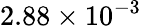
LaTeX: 2.88\times 10^{-3}